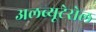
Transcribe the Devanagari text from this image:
अलब्यूटेरोल